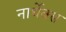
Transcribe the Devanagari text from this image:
नार्थेक्स